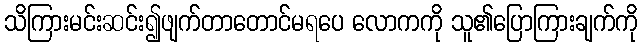
သိကြားမင်းဆင်း၍ဖျက်တာတောင်မရပေ လောကကို သူ၏ပြောကြားချက်ကို